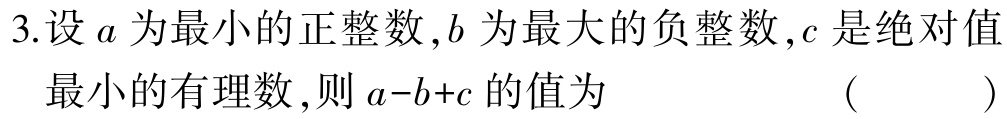
3.设\(a\)为最小的正整数，\(b\)为最大的负整数，\(c\)是绝对值

最小的有理数，则\(a - b + c\)的值为 （  ）